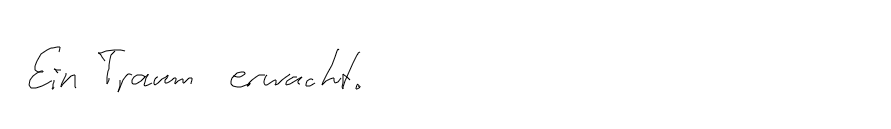
Ein Traum erwacht.